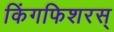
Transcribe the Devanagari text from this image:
किंगफिशरस्